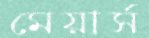
মেয়ার্স